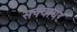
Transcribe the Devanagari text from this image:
सक्वायर